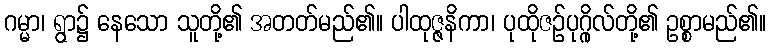
ဂမ္မာ၊ ရွာ၌ နေသော သူတို့၏ အတတ်မည်၏။ ပါထုဇ္ဇနိကာ၊ ပုထိုဇဉ်ပုဂ္ဂိုလ်တို့၏ ဥစ္စာမည်၏။